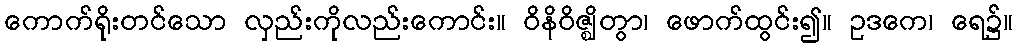
ကောက်ရိုးတင်သော လှည်းကိုလည်းကောင်း။ ဝိနိဝိဇ္ဈိတွာ၊ ဖောက်ထွင်း၍။ ဥဒကေ၊ ရေ၌။